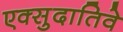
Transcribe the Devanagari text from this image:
एक्सुदातिवे